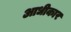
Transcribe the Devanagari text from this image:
आधीकार